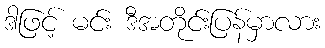
ဒါဖြင့် မင်း ဒီအတိုင်းပြန်မှာလား